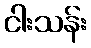
ငါးသန်း